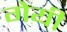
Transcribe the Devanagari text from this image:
गेयी